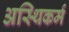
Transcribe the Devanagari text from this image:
अस्थिकर्म